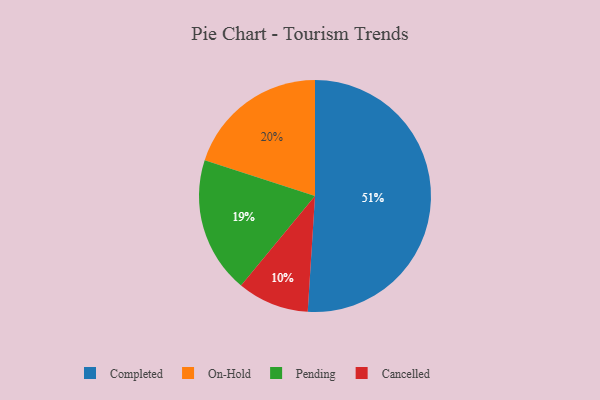
{"axis": {"x": "Category", "y": "Percentage"}, "legend": ["Cancelled", "Completed", "On-Hold", "Pending"], "data": [{"x": "On-Hold", "y": 20, "type": "On-Hold"}, {"x": "Pending", "y": 19, "type": "Pending"}, {"x": "Cancelled", "y": 10, "type": "Cancelled"}, {"x": "Completed", "y": 51, "type": "Completed"}]}